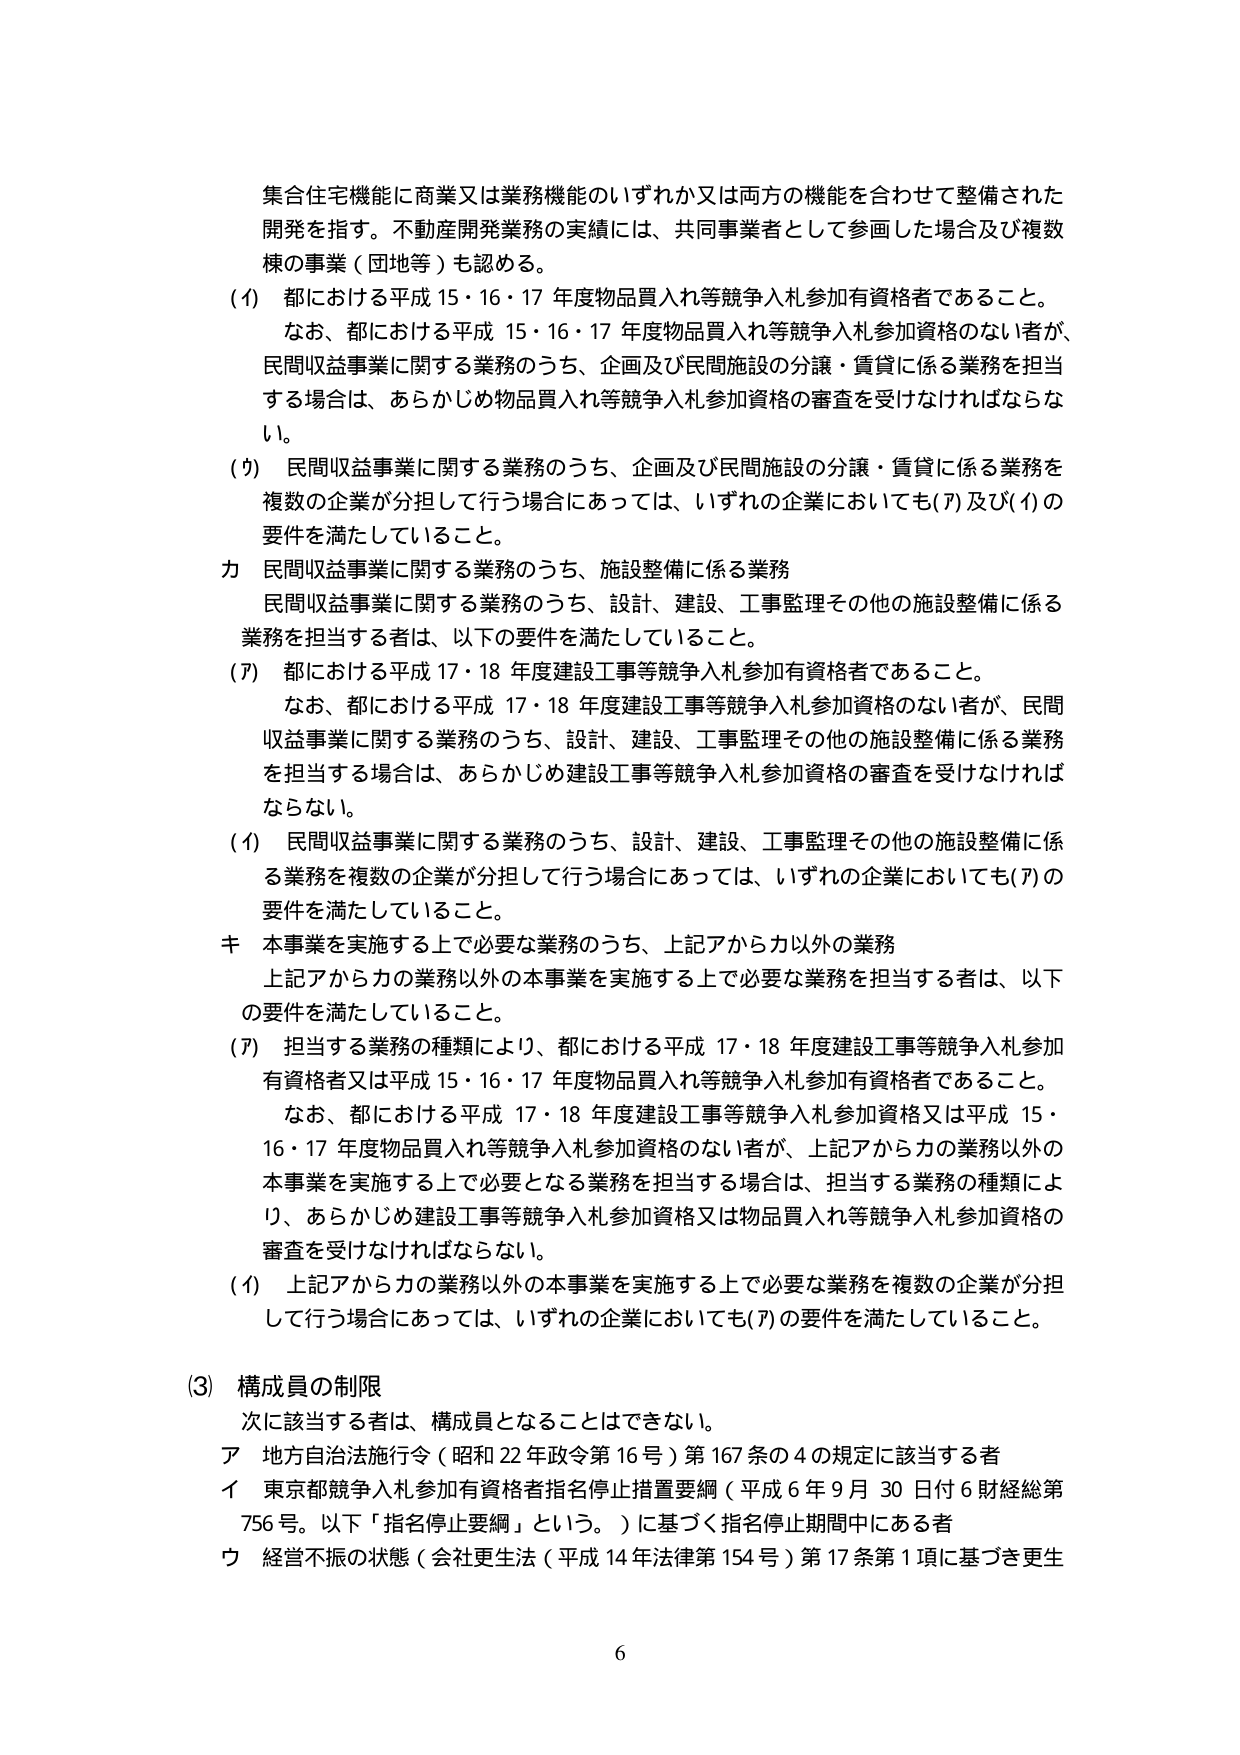
集合住宅機能に商業又は業務機能のいずれか又は両方の機能を合わせて整備された開発を指す。不動産開発業務の実績には、共同事業者として参画した場合及び複数棟の事業（団地等）も認める。

(イ) 都における平成15・16・17年度物品買入れ等競争入札参加有資格者であること。
　　なお、都における平成15・16・17年度物品買入れ等競争入札参加資格のない者が、民間収益事業に関する業務のうち、企画及び民間施設の分譲・賃貸に係る業務を担当する場合は、あらかじめ物品買入れ等競争入札参加資格の審査を受けなければならない。

(ウ) 民間収益事業に関する業務のうち、企画及び民間施設の分譲・賃貸に係る業務を複数の企業が分担して行う場合にあっては、いずれの企業においても(ア)及び(イ)の要件を満たしていること。

カ 民間収益事業に関する業務のうち、施設整備に係る業務
　　民間収益事業に関する業務のうち、設計、建設、工事監理その他の施設整備に係る業務を担当する者は、以下の要件を満たしていること。

(ア) 都における平成17・18年度建設工事等競争入札参加有資格者であること。
　　なお、都における平成17・18年度建設工事等競争入札参加資格のない者が、民間収益事業に関する業務のうち、設計、建設、工事監理その他の施設整備に係る業務を担当する場合は、あらかじめ建設工事等競争入札参加資格の審査を受けなければならない。

(イ) 民間収益事業に関する業務のうち、設計、建設、工事監理その他の施設整備に係る業務を複数の企業が分担して行う場合にあっては、いずれの企業においても(ア)の要件を満たしていること。

キ 本事業を実施する上で必要な業務のうち、上記アからカ以外の業務
　　上記アからカの業務以外の本事業を実施する上で必要な業務を担当する者は、以下の要件を満たしていること。

(ア) 担当する業務の種類により、都における平成17・18年度建設工事等競争入札参加有資格者又は平成15・16・17年度物品買入れ等競争入札参加有資格者であること。
　　なお、都における平成17・18年度建設工事等競争入札参加資格又は平成15・16・17年度物品買入れ等競争入札参加資格のない者が、上記アからカの業務以外の本事業を実施する上で必要となる業務を担当する場合は、担当する業務の種類により、あらかじめ建設工事等競争入札参加資格又は物品買入れ等競争入札参加資格の審査を受けなければならない。

(イ) 上記アからカの業務以外の本事業を実施する上で必要な業務を複数の企業が分担して行う場合にあっては、いずれの企業においても(ア)の要件を満たしていること。

(3) 構成員の制限
　　次に該当する者は、構成員となることはできない。
ア 地方自治法施行令（昭和22年政令第16号）第167条の4の規定に該当する者
イ 東京都競争入札参加有資格者指名停止措置要綱（平成6年9月30日付6財経総第756号。以下「指名停止要綱」という。）に基づく指名停止期間中にある者
ウ 経営不振の状態（会社更生法（平成14年法律第154号）第17条第1項に基づき更生

6